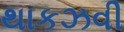
થાકઝવી